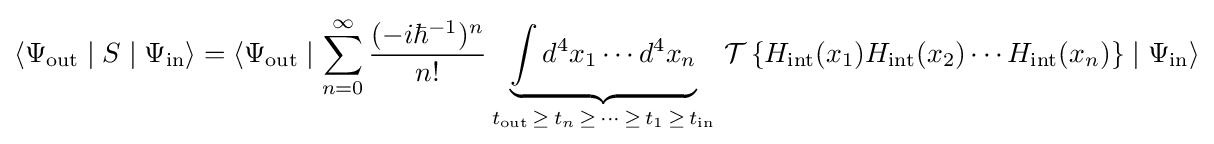
\langle \Psi _{\rm {out}}\mid S\mid \Psi _{\rm {in}}\rangle =\langle \Psi _{\rm {out}}\mid \sum _{n=0}^{\infty }{(-i\hbar ^{-1})^{n} \over n!}\underbrace {\int d^{4}x_{1}\cdots d^{4}x_{n}} _{t_{\rm {out}}\,\geq \,t_{n}\,\geq \,\cdots \,\geq \,t_{1}\,\geq \,t_{\rm {in}}}\,{\mathcal {T}}\left\{H_{\rm {int}}(x_{1})H_{\rm {int}}(x_{2})\cdots H_{\rm {int}}(x_{n})\right\}\mid \Psi _{\rm {in}}\rangle